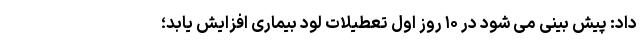
داد: پیش بینی می شود در ۱۰ روز اول تعطیلات لود بیماری افزایش یابد؛